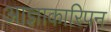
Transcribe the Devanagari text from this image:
आज्ञाकारिपन